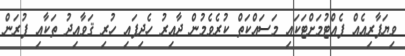
ވިޔަފާރިއެއް ފެއްޓުމަށްޓަކައި މަސައްކަތް ކުރެވެމުން ދާއިރު ހެދިފައި ހުރި ޤަވާއިދު ތަކާއި ފުރަން